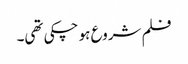
فلم شروع ہو چکی تھی۔